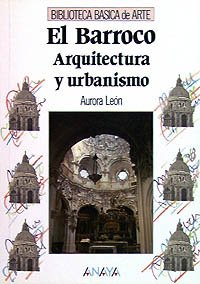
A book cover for El Barroco / The Baroque: Arquitectura y urbanismo / Architecture and Urban Planning (Biblioteca Basica De Arte / Basic Art Library) (Spanish Edition); Aurora Leon; Teen & Young Adult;